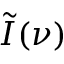
\tilde { I } ( \nu )